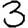
Digit: 3